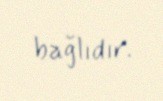
bağlıdır.